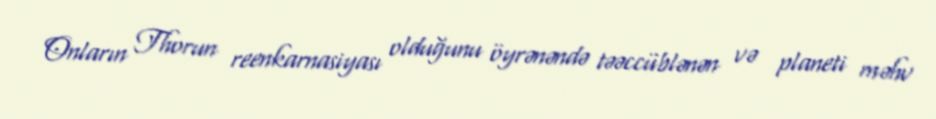
Onların Thorun reenkarnasiyası olduğunu öyrənəndə təəccüblənən və planeti məhv